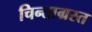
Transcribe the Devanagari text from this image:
चिन्ताग्रस्त